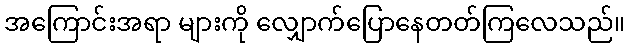
အကြောင်းအရာ များကို လျှောက်ပြောနေတတ်ကြလေသည်။